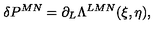
\delta P ^ { M N } = \partial _ { L } \Lambda ^ { L M N } ( \xi , \eta ) ,